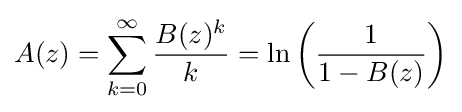
A(z)=\sum _{k=0}^{\infty }{\frac {B(z)^{k}}{k}}=\ln \left({\frac {1}{1-B(z)}}\right)